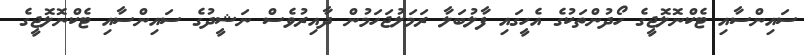
ސައިންސާއި ޓެކްނޮލޮޖީގެ ހޯދުންތަކުގެ އެހީގައި ފާލުބަލާ ރަމަލުޖަހަމުން ދާއިރުވެސް ނަޝީދުގެ ސައިންސާއި ޓެކްނޮލޮޖީގެ